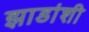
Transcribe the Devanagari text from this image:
झाडांशी